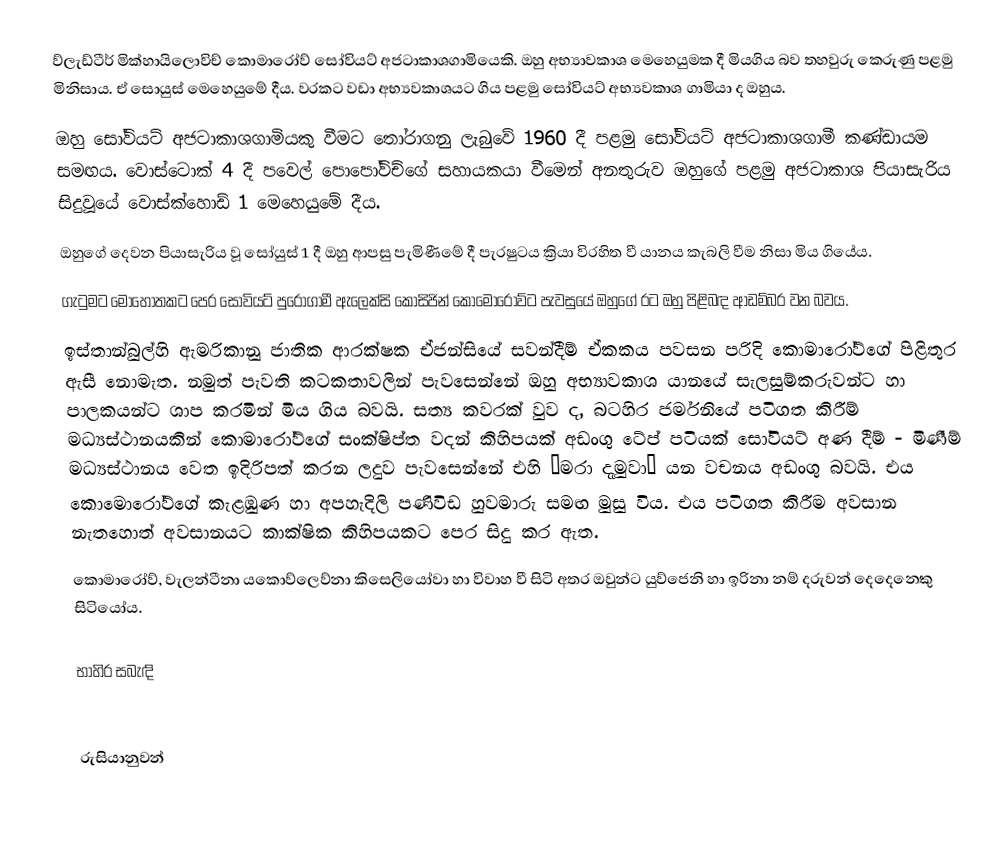
ව්ලැඩ්ටීර් මික්හායිලොවිච් කොමාරෝව් සෝවියට් අජටාකාශගාමියෙකි. ඔහු අභ්‍යාවකාශ මෙහෙයුමක දී මියගිය බව තහවුරු කෙරුණු පළමු මිනිසාය. ඒ සොයුස් මෙහෙයුමේ දීය. වරකට වඩා අභ්‍යවකාශයට ගිය පළමු සෝවියට් අභ්‍යවකාශ ගාමියා ද ඔහුය.
ඔහු සෝවියට් අජටාකාශගාමියකු වීමට තෝරාගනු ලැබුවේ 1960 දී පළමු සෝවියට් අජටාකාශගාමී කණ්ඩායම සමඟය. වොස්ටොක් 4 දී පවෙල් පොපෝවිච්ගේ සහායකයා වීමෙන් අනතුරුව ඔහුගේ පළමු අජටාකාශ පියාසැරිය සිදුවූයේ වොස්ක්හොඩ් 1 මෙහෙයුමේ දීය.
ඔහුගේ දෙවන පියාසැරිය වූ සෝයුස් 1 දී ඔහු ආපසු පැමි‍ණීමේ දී පැරෂුටය ක්‍රියා විරහිත වී යානය කැබලි වීම නිසා මිය ගියේය.
ගැටුමට මොහොතකට පෙර සෝවියට් පුරෝගාමී ඇලෙක්සි කොසිජින් කොමොරෝව්ට පැවසුයේ ඔහුගේ රට ඔහු පිළිබඳ ආඩම්බර වන බවය.
ඉස්තාන්බුල්හි ඇමරිකානු ජාතික ආරක්ෂක ඒජන්සියේ සවන්දීම් ඒකකය පවසන පරිදි කොමාරෝව්ගේ පිළිතුර ඇසී නොමැත. නමුත් පැවති කටකතාවලින් පැවසෙන්නේ ඔහු අභ්‍යාවකාශ යානයේ සැලසුම්කරුවන්ට හා පාලකයන්ට ශාප කරමින් මිය ගිය බවයි. සත්‍ය කවරක් වුව ද, බටහිර ජර්මනියේ පටිගත කිරීම් මධ්‍යස්ථානයකින් කොමාරෝව්ගේ සංක්ෂිප්ත වදන් කිහිපයක් අඩංගු ටේප් පටියක් සෝවියට් අණ දීම් - මිණීම් මධ්‍යස්ථානය වෙත ඉදිරිපත් කරන ලදුව පැවසෙන්නේ එහි “මරා දැමුවා” යන වචනය අඩංගු බවයි. එය කොමොරෝව්ගේ කැළඹුණ හා අපහැදිලි පණිවිඩ හුවමාරු සමඟ මුසු විය. එය පටිගත කිරීම අවසාන නැතහොත් අවසානයට කාක්ෂික කිහිපයකට පෙර සිදු කර ඇත.
කොමාරෝව්, වැලන්ටීනා යකොව්ලෙව්නා කිසෙලියෝවා හා විවාහ වී සිටි අතර ඔවුන්ට යුව්ජෙනි හා ඉරිනා නම් දරුවන් දෙ‍දෙනෙකු සිටියෝය.

භාහිර සබැඳි

රුසියානුවන්